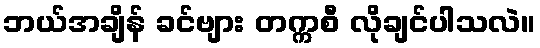
ဘယ်အချိန် ခင်ဗျား တက္ကစီ လိုချင်ပါသလဲ။